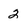
Character: 2